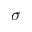
\sigma